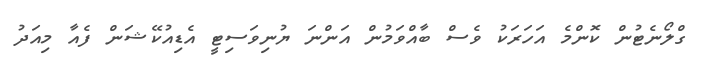
ގްލޯނެޓުން ކޮންމެ އަހަރަކު ވެސް ބާއްވަމުން އަންނަ ޔުނިވަސިޓީ އެޑިއުކޭޝަން ފެއާ މިއަދު